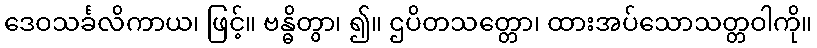
ဒေဝသင်္ခလိကာယ၊ ဖြင့်။ ဗန္ဓိတွာ၊ ၍။ ဌပိတသတ္တော၊ ထားအပ်သောသတ္တဝါကို။